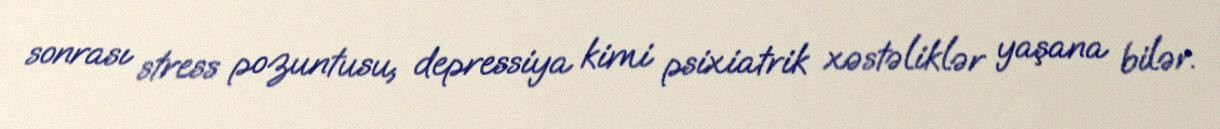
sonrası stress pozuntusu, depressiya kimi psixiatrik xəstəliklər yaşana bilər.